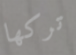
تركها